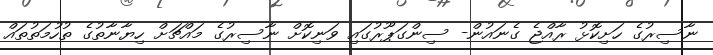
ނާސިރުގެ ހަށިކޮޅު ރާއްޖެ ގެނައުން- ސިންގަޕޫރުގައި ވަނިކޮށް ނާސިރުގެ މައްޗަށް ހިޔާނާތުގެ ތުހުމަތުތައް